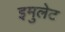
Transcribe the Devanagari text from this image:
इमुलेट